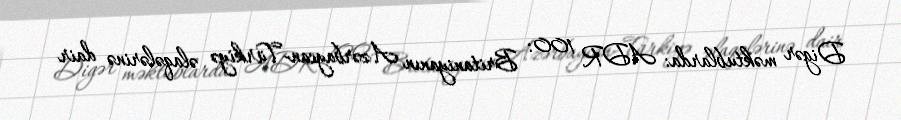
Digər məktublarda: ADR 100: Britaniyanın Azərbaycan-Türkiyə əlaqələrinə dair